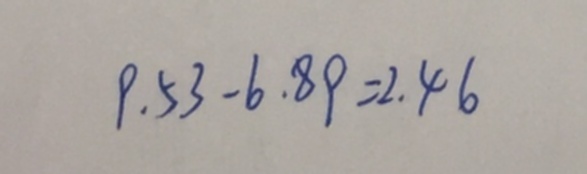
9 . 5 3 - 6 . 8 9 = 2 . 4 6